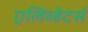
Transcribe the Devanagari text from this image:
एलिव्हेटर्स